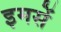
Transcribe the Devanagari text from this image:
इमसें